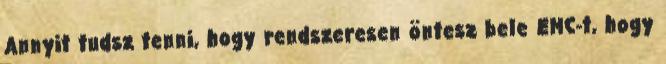
Annyit tudsz tenni, hogy rendszeresen öntesz bele EMC-t, hogy